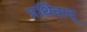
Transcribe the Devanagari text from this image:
प्रथिवाद्